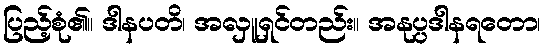
ပြည့်စုံ၏။ ဒါနပတိ၊ အလှူရှင်တည်း။ အနုပ္ပဒါနရတော၊